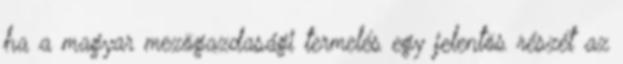
ha a magyar mezõgazdasági termelés egy jelentõs részét az